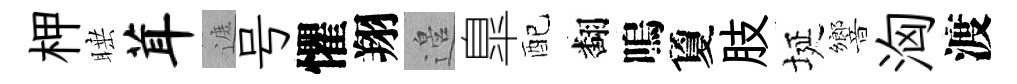
柙睡茸遮号懼翔邉臯配翻嗚夐肢埏響洶渡